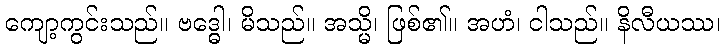
ကျော့ကွင်းသည်။ ဗဒ္ဓေါ၊ မိသည်။ အသ္မိ၊ ဖြစ်၏။ အဟံ၊ ငါသည်။ နိလီယဿ၊